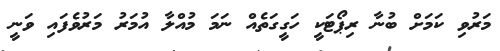
މަރުވި ކަމަށް ބުނާ ރިޕޯޓަކީ ހަގީގަތެއް ނަމަ މުއްލާ އުމަރު މަރުވެފައި ވަނީ